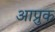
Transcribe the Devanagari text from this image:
आप्रुक